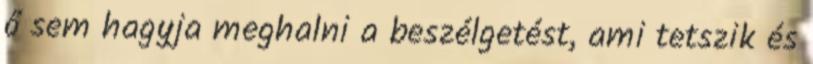
ő sem hagyja meghalni a beszélgetést, ami tetszik és